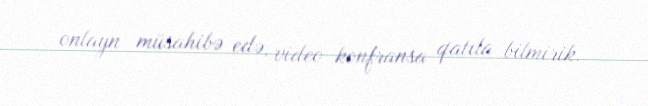
onlayn müsahibə edə, video konfransa qatıla bilmirik.